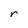
Character: r